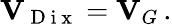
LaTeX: {\mathbf V}_{\mathrm{~D~i~x~}}={\mathbf V}_{G}\, .